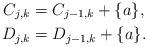
LaTeX: \begin{align*}C_{j,k} & = C_{j-1,k} + \{ a \},\\D_{j,k} & = D_{j-1,k} + \{ a \}.\end{align*}